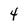
Character: 4